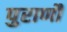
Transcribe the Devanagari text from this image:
पुराणौं